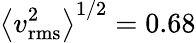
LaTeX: \left\langle v_{\mathrm{rms}}^{2}\right\rangle^{1/2}=0.68